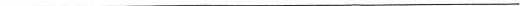
___